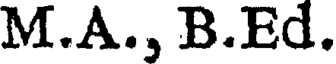
M.A., B.Ed.